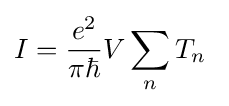
I={\frac {e^{2}}{\pi \hbar }}V\sum _{n}T_{n}\